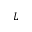
L